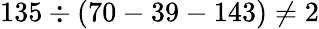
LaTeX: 135\div(70-39-143)\neq 2